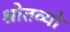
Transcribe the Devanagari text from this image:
श्रोतव्यो